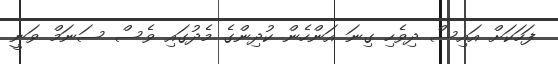
ފަހަކަށް އައިސް ދިވެހި ގިނަ އަންހެން ކުދިންގެ މެދުގައި ވެސް ސަނަމް ވަނީ